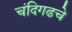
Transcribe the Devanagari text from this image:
चंदिगढचे